Plague in India, 1896, 1897 - Volume 2
Year: 1896
Disease focus: Plague
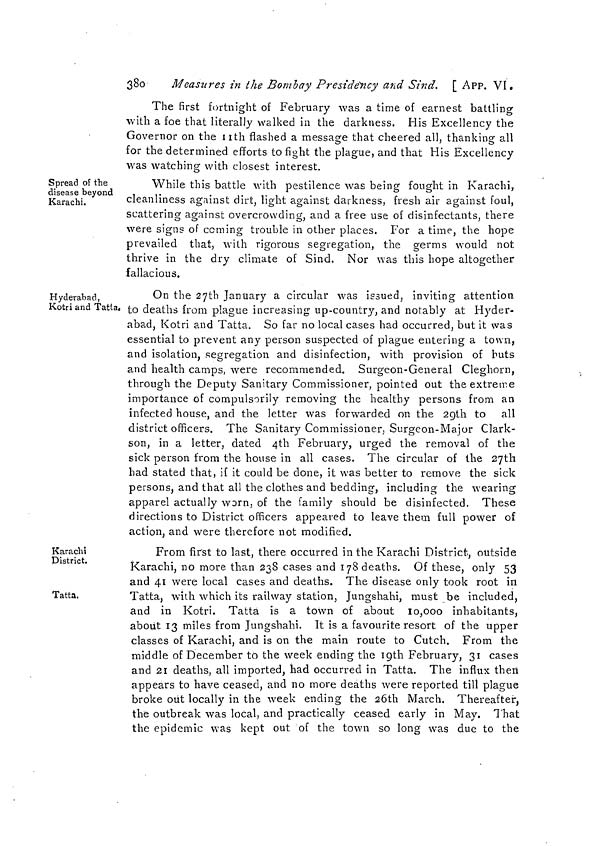
380
Measzires in the Bombay Presidency and Sind. [ APP. VI.
The first fortnight of February was a time of earnest battling
with a foe that literally walked in the darkness. His Excellency the
Governor on the 11th flashed a message that cheered all. thanking all
O
'
O
for the determined efforts to fight the plague, and that His Excellency
was watching with closest interest.
Spread of the
disease beyond
Karachi.
While this battle with pestilence was being fought in Karachi,
cleanliness against dirt, light against darkness, fresh air against foul,
scattering against overcrowding, and a free use of disinfectants, there
were signs of coming trouble in other places. For a time, the hope
prevailed that, with rigorous segregation, the germs would not
thrive in the dry climate of Sind. Nor was this hope altogether
fallacious.
Hyderabad,
Kotri and Tatla
On the 27th January a circular was issued, inviting attention
to deaths from plague increasing up-country, and notably at Hyder-
abad, Kotri and Tatta. So far no local cases had occurred, but it was
essential to prevent any person suspected of plague entering a town,
and isolation, segregation and disinfection, with provision of huts
and health camps, were recommended. Surgeon-General Cleghorn,
through the Deputy Sanitary Commissioner, pointed out the extreme
importance of compulsorily removing the healthy persons from an
infected house, and the letter was forwarded on the 29th to all
district officers. The Sanitary Commissioner, Surgeon-Major Clark-
son, in a letter, dated 4th February, urged the removal of the
sick person from the house in all cases. The circular of the 27th
had stated that, if it could be done, it was better to remove the sick
persons, and that all the clothes and bedding, including the wearing
apparel actually worn, of the family should be disinfected. These
directions to District officers appeared to leave them full power of
action, and were therefore not modified.
Karachi
District.
From first to last, there occurred in the Karachi District, outside
Karachi, no more than 238 cases and 178 deaths. Of these, only 53
and 41 were local cases and deaths. The disease only took root in
Tatta.
Tatta, with which its railway station, Jungshahi, must be included,
and in Kotri. Tatta is a town of about 10,000 inhabitants,
about 13 miles from Jungshahi. It is a favourite resort of the upper
classes of Karachi, and is on the main route to Cutch. From the
middle of December to the week ending the 19th February, 31 cases
and 21 deaths, all imported, had occurred in Tatta. The influx then
appears to have ceased, and no more deaths were reported till plague
broke out locally in the week ending the 26th March. Thereafter,
the outbreak was local, and practically ceased early in May. That
the epidemic was kept out of the town so long was due to the